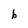
Character: b